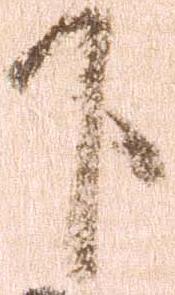
下